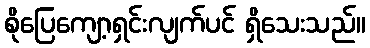
စိုပြေကျော့ရှင်းလျက်ပင် ရှိသေးသည်။